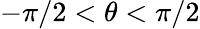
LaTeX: -\pi/2<\theta<\pi/2